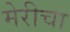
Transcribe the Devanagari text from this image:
मेरीचा